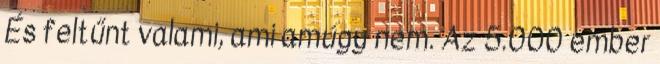
És feltűnt valami, ami amúgy nem. Az 5.000 ember